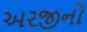
અરજીનો